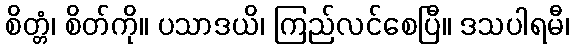
စိတ္တံ၊ စိတ်ကို။ ပသာဒယိ၊ ကြည်လင်စေပြီ။ ဒသပါရမီ၊